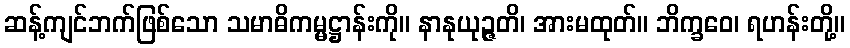
ဆန့်ကျင်ဘက်ဖြစ်သော သမာဓိကမ္မဋ္ဌာန်းကို။ နာနုယုဉ္ဇတိ၊ အားမထုတ်။ ဘိက္ခဝေ၊ ရဟန်းတို့။